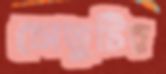
সেতুটির